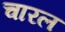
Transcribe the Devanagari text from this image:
चारल